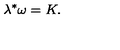
\lambda ^ { \ast } \omega = K .